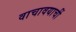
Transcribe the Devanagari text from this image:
वाचावयाचीं